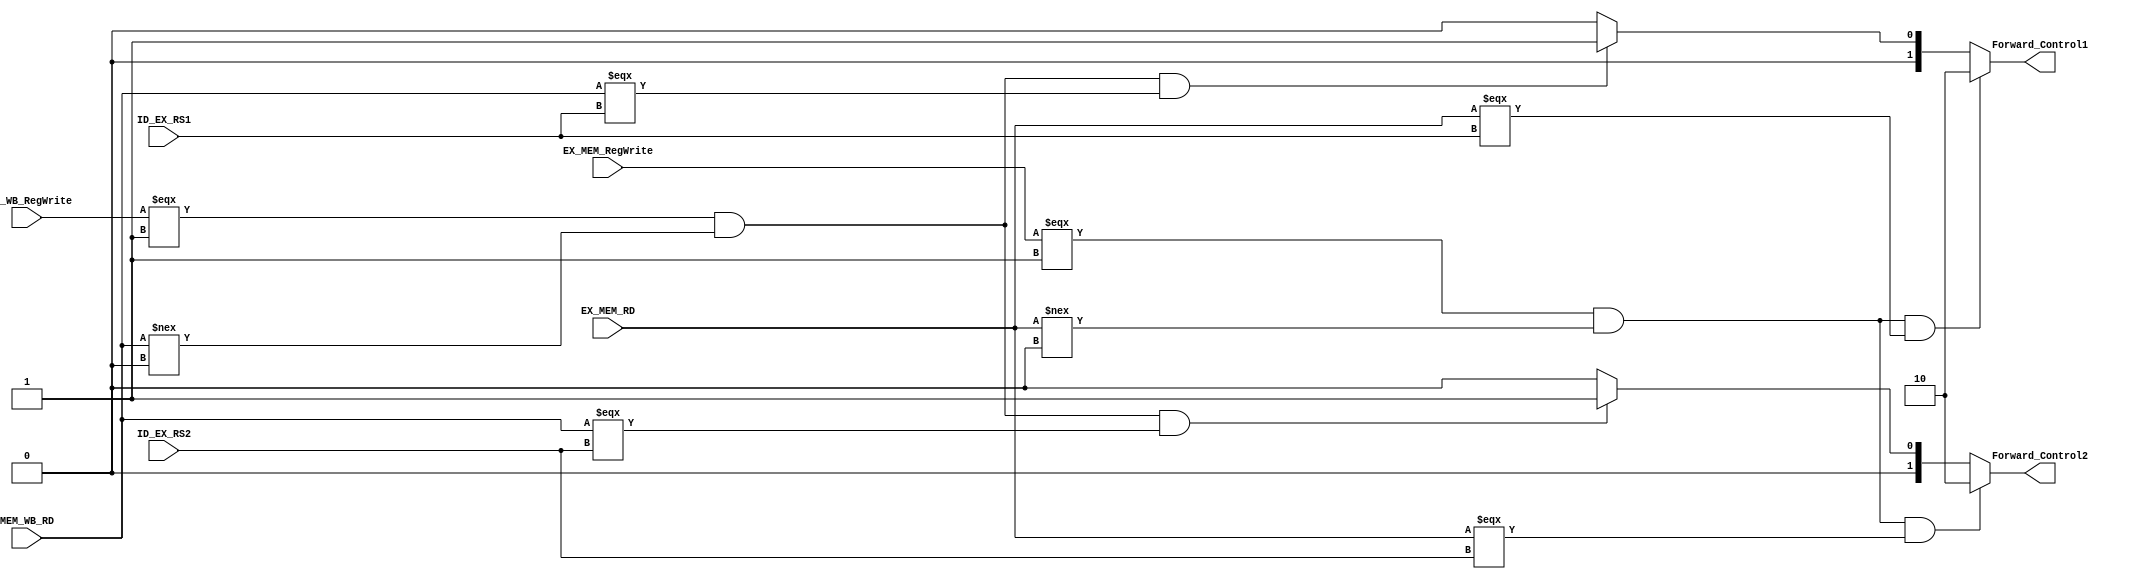
module Forwarding_Unit(
    input [4 : 0]  ID_EX_RS1, ID_EX_RS2, EX_MEM_RD, MEM_WB_RD,
    input          EX_MEM_RegWrite, MEM_WB_RegWrite,
    output [1 : 0] Forward_Control1, Forward_Control2 
);

assign Forward_Control1 = (EX_MEM_RegWrite === 1 && EX_MEM_RD !== 0 && EX_MEM_RD === ID_EX_RS1)? 2'b10 : 
                          (MEM_WB_RegWrite === 1 && MEM_WB_RD !== 0 && MEM_WB_RD === ID_EX_RS1)? 2'b01 : 2'b00;
assign Forward_Control2 = (EX_MEM_RegWrite === 1 && EX_MEM_RD !== 0 && EX_MEM_RD === ID_EX_RS2)? 2'b10 : 
                          (MEM_WB_RegWrite === 1 && MEM_WB_RD !== 0 && MEM_WB_RD === ID_EX_RS2)? 2'b01 : 2'b00;


endmodule